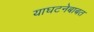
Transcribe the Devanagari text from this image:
याघटनेबाबत